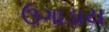
ઉગાડાય